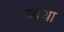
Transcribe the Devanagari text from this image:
व्‍यथा